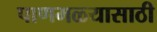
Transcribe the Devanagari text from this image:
पाणमळ्यासाठी